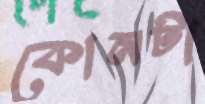
কোনটা